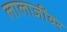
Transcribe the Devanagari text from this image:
लालाजींवर